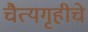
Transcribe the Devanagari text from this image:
चैत्यगृहीचे